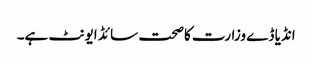
انڈیا ڈے وزارت کاصحت سائڈ ایونٹ ہے۔